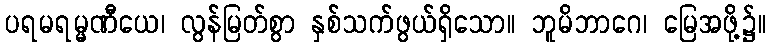
ပရမရမ္မဏီယေ၊ လွန်မြတ်စွာ နှစ်သက်ဖွယ်ရှိသော။ ဘူမိဘာဂေ၊ မြေအဖို့၌။